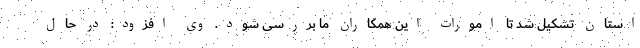
استان تشکیل شد تا امورات این همکاران ما بررسی شود. وی افزود: در حال